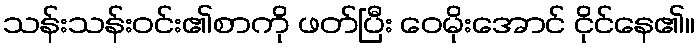
သန်းသန်းဝင်း၏စာကို ဖတ်ပြီး ဝေမိုးအောင် ငိုင်နေ၏။